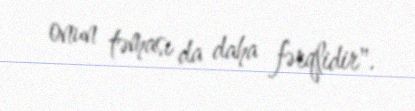
onun təması da daha fərqlidir".